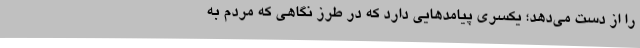
را از دست می‌دهد؛ یکسری پیامدهایی دارد که در طرز نگاهی که مردم به